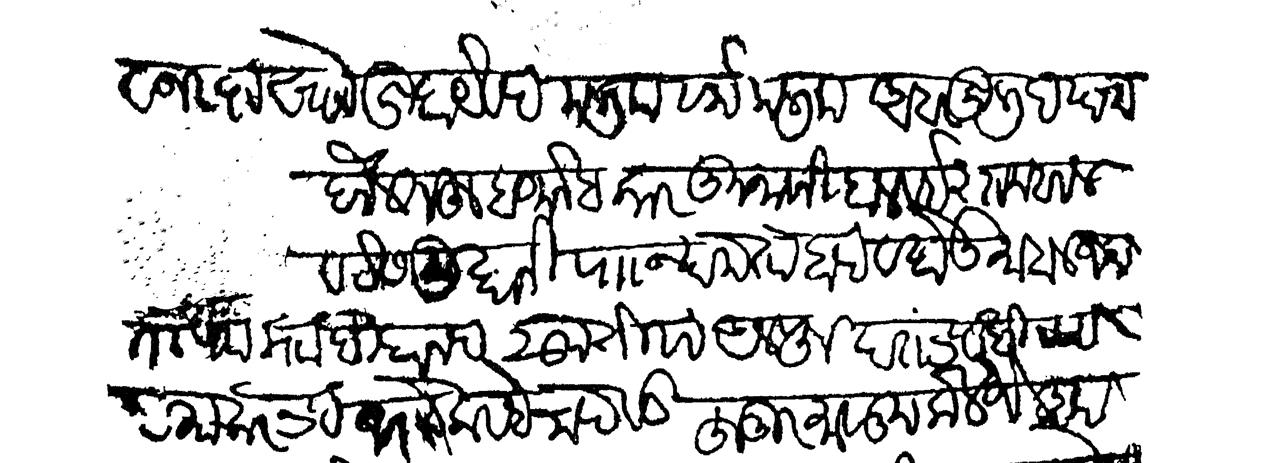
Transliteration (Devanagari): अजरख्तखाने खुदायेबंद मलिक मलिक अब्दुली दयाम दौलतूह वजानेव कारकुनांनी हाल व इस्तकबाल व देसमुखानी पाा न्यामतावाद व होली माहाल ज्या विदाबंद सु  तीसा अलफ दतंभट विन पदमाकर भट मोा कसबे चांदवड हुजूर मालुम केले जे आप